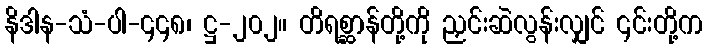
နိဒါန-သံ-ပါ-၄၄၈၊ ဋ္ဌ-၂၀၂။ တိရစ္ဆာန်တို့ကို ညှင်းဆဲလွန်းလျှင် ၎င်းတို့က